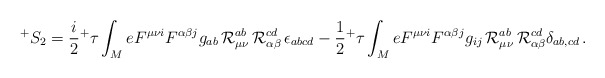
\begin{align*}^{+}S_2=\frac{i}{2}{^+\tau} \int_M e F^{\mu \nu i} F^{\alpha \beta j}g_{ab}\,{\cal R}_{\mu \nu }^{ab}\,{\cal R}_{\alpha \beta }^{cd}\,\epsilon_{abcd}-\frac{1}{2}{^+\tau} \int_M e F^{\mu \nu i} F^{\alpha \beta j}g_{ij}\,{\cal R}_{\mu\nu }^{ab} \, {\cal R}_{\alpha \beta }^{cd}\delta_{ab,cd} \, . \end{align*}